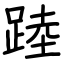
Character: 踛